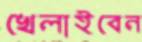
খেলাইবেন